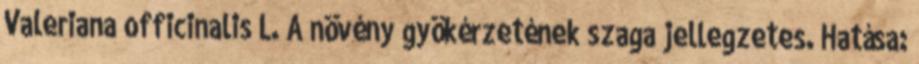
Valeriana officinalis L. A növény gyökérzetének szaga jellegzetes. Hatása: